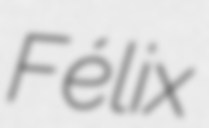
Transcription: Félix